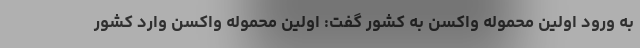
به ورود اولین محموله واکسن به کشور گفت: اولین محموله واکسن وارد کشور